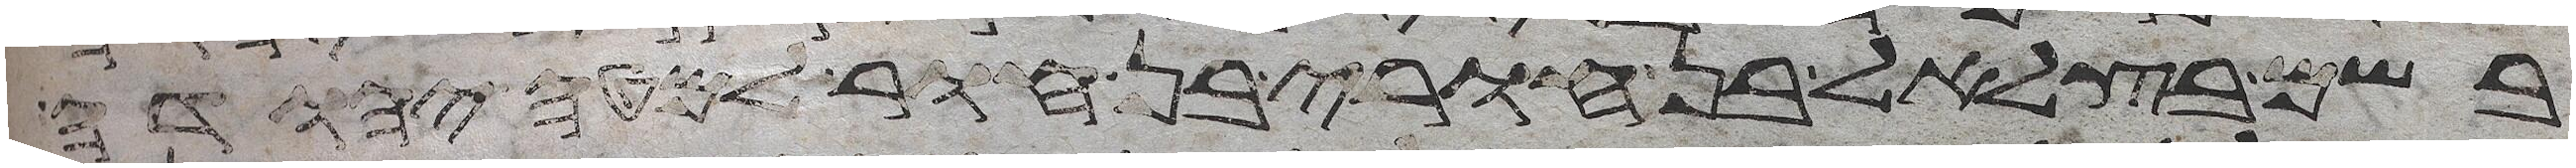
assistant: בשם בצלאל בן חורי בן חור למטה יהודה